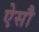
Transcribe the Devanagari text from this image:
ऐसौ